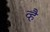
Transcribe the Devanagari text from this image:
व्है